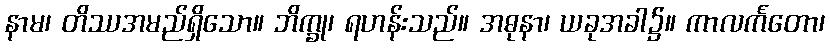
နာမ၊ တိဿအမည်ရှိသော။ ဘိက္ခု၊ ရဟန်းသည်။ အဓုနာ၊ ယခုအခါ၌။ ကာလင်္ကတော၊